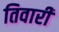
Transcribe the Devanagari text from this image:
तिवारीं